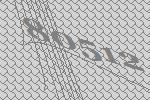
80512